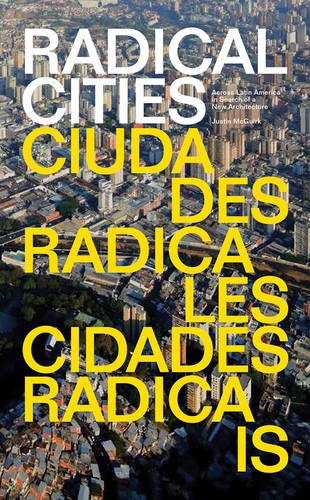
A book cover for Radical Cities: Across Latin America in Search of a New Architecture; Justin McGuirk; Politics & Social Sciences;